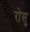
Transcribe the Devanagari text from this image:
रोसु